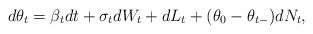
LaTeX: \begin{align*} d\theta_t=\beta_tdt+\sigma_t dW_t + dL_t+(\theta_0-\theta_{t-})dN_t,\end{align*}